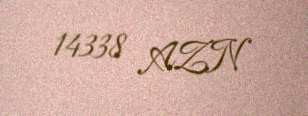
14338 AZN